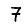
Digit: 7